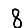
Digit: 8